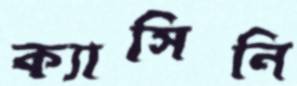
ক্যাসিনি